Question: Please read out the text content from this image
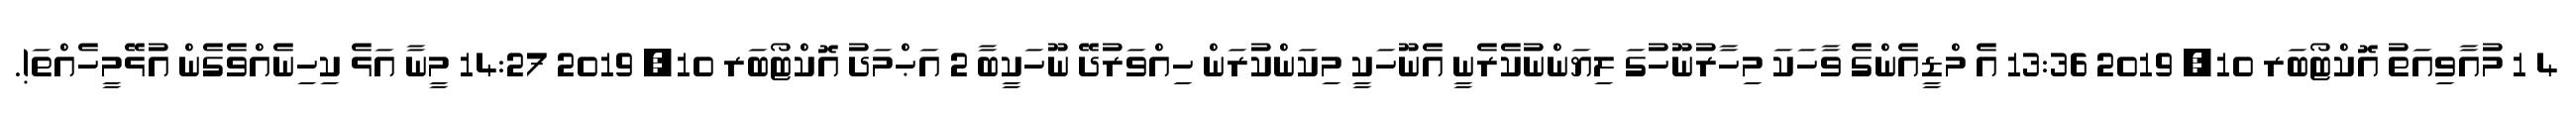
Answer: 4 1 މުއާވިއަތު އޮކްޓޯބަރ 10, 2019 13:36 އެ މްޑީއެންގެ ވާހަކަ މިހާރުނޫހުގަ ލިޔަންނުކެރެނީ އެނޫހަކީ މިކަންކުރަން ހިއްވަރުދޭ ނޫހަކީބާ 2 އަޙްމަދު އޮކްޓޯބަރ 10, 2019 14:27 މީނާ އަޅެ ކިހިނެއްވެގެން އުޅޭމީހެއްތަ!.